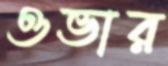
ওভার